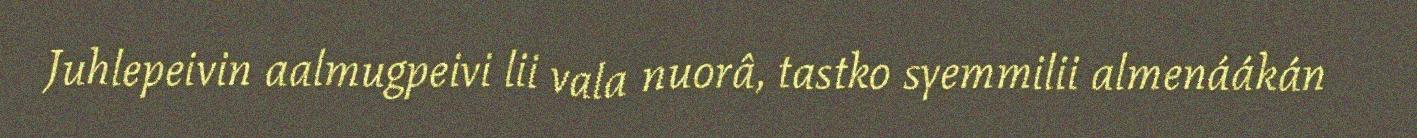
Juhlepeivin aalmugpeivi lii vala nuorâ, tastko syemmilii almenáákán